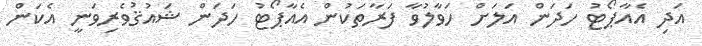
އަދި އެއާޕޯޓު ހަދަން އަލަށް ހަވާލުވާ ފަރާތަކުން އެއާޕޯޓު ހަދަން ޝައުޤުވެރިވަނީ އެކަން